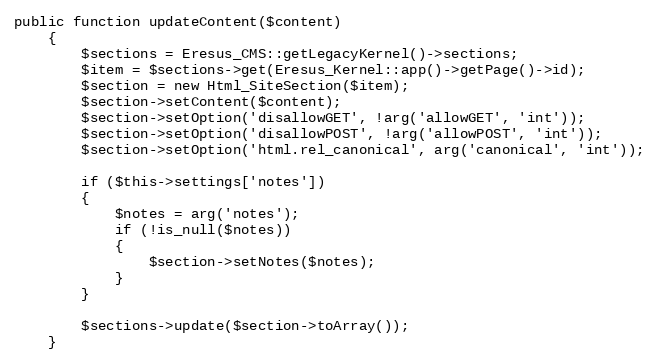
Language: PHP
public function updateContent($content)
    {
        $sections = Eresus_CMS::getLegacyKernel()->sections;
        $item = $sections->get(Eresus_Kernel::app()->getPage()->id);
        $section = new Html_SiteSection($item);
        $section->setContent($content);
        $section->setOption('disallowGET', !arg('allowGET', 'int'));
        $section->setOption('disallowPOST', !arg('allowPOST', 'int'));
        $section->setOption('html.rel_canonical', arg('canonical', 'int'));

        if ($this->settings['notes'])
        {
            $notes = arg('notes');
            if (!is_null($notes))
            {
                $section->setNotes($notes);
            }
        }

        $sections->update($section->toArray());
    }